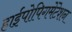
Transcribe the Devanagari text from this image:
हाईपोपिगमेंटेशन